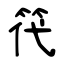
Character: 笩